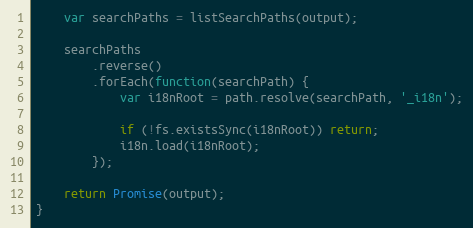
Language: JavaScript
    var searchPaths = listSearchPaths(output);

    searchPaths
        .reverse()
        .forEach(function(searchPath) {
            var i18nRoot = path.resolve(searchPath, '_i18n');

            if (!fs.existsSync(i18nRoot)) return;
            i18n.load(i18nRoot);
        });

    return Promise(output);
}